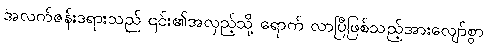
အလက်ဇန်းဒရားသည် ၎င်း၏အလှည့်သို့ ရောက် လာပြီဖြစ်သည့်အားလျော်စွာ